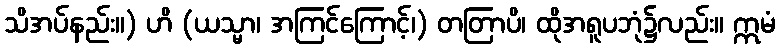
သိအပ်နည်း။) ဟိ (ယသ္မာ၊ အကြင်ကြောင့်၊) တတြာပိ၊ ထိုအရူပဘုံ၌လည်း။ ဣမံ